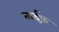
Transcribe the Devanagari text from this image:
ताईफ़